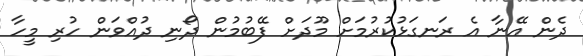
ދެން އޭނާ އެ ރަނގަޅުކުރުމަށް މޫދަށް ފޭބުމުން ދޯނި ދުއްވަން ހުރި މީހާ